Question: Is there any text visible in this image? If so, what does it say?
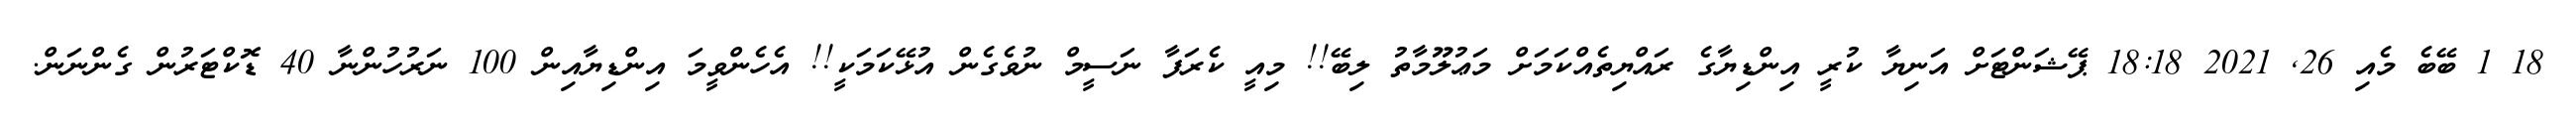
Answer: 18 1 ބޭބެ މެއި 26, 2021 18:18 ޕޭޝަންޓަށް އަނިޔާ ކުރީ އިންޑިޔާގެ ރައްޔިތެއްކަމަށް މަޢުލޫމާތު ލިބޭ!! މިއީ ކެރަފާ ނަސީމް ނުވެގެން އުޅޭކަމަކީ!! އެހެންވީމަ އިންޑިޔާއިން 100 ނަރުހުންނާ 40 ޑޮކްޓަރުން ގެންނަން.